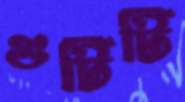
গুটিটি